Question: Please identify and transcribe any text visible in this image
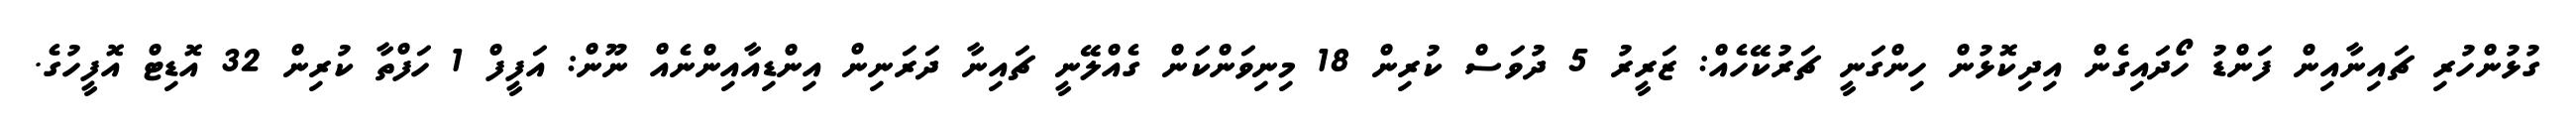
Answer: ގުޅުންހުރި ޗައިނާއިން ފަންޑު ހޯދައިގެން އިދިކޮޅުން ހިންގަނީ ޗަރުކޭހެއް: ޒަރީރު 5 ދުވަސް ކުރިން 18 މިނިވަންކަން ގެއްލޭނީ ޗައިނާ ދަރަނިން އިންޑިއާއިންނެއް ނޫން: އަފީފް 1 ހަފްތާ ކުރިން 32 އޮޑިޓް އޮފީހުގެ.